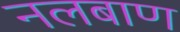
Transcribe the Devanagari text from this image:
नलबाण